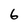
Character: 6